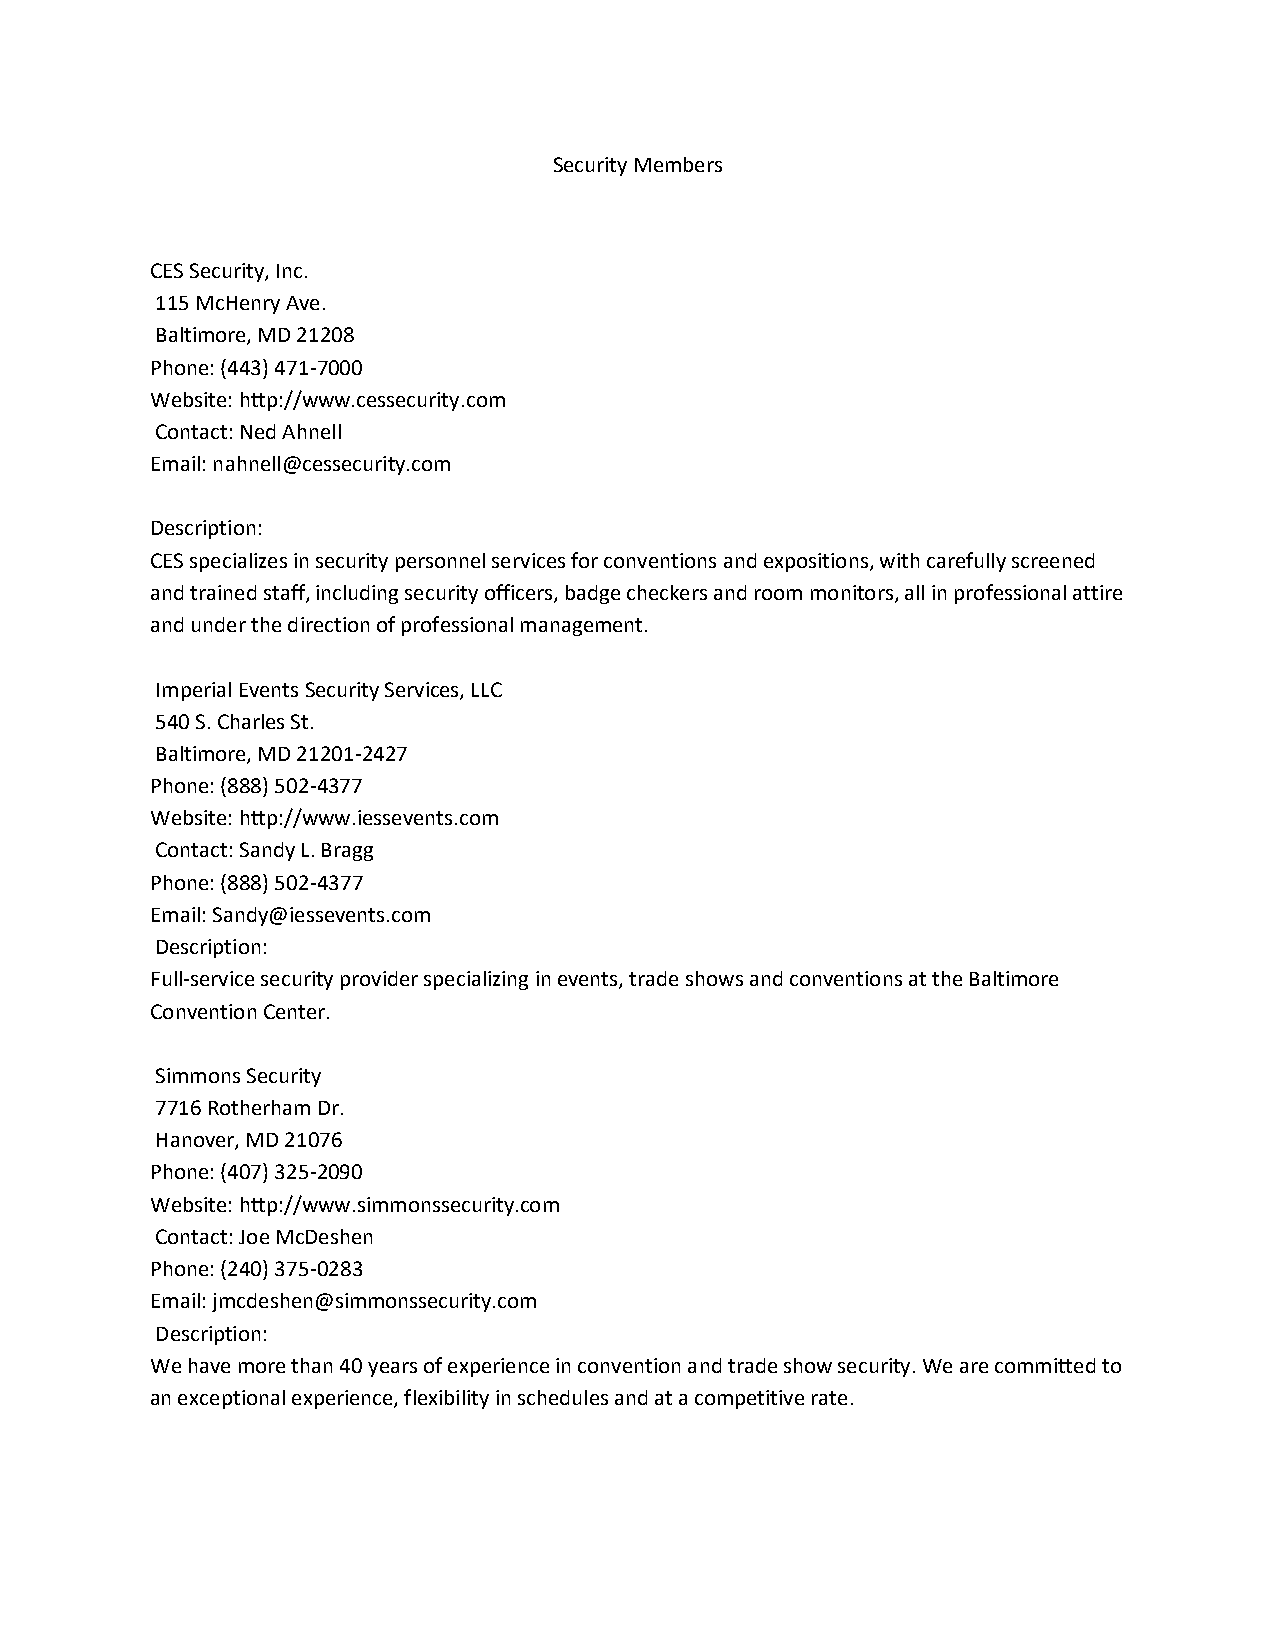
Security Members
 CES Security, Inc.
 115 McHenry Ave.
 Baltimore, MD 21208
 Phone: (443) 471-7000
 Website: http://www.cessecurity.com
 Contact: Ned Ahnell
 Email: nahnell@cessecurity.com
 Description:
 CES specializes in security personnel services for conventions and expositions, with carefully screened
 and trained staff, including security officers, badge checkers and room monitors, all in professional attire
 and under the direction of professional management.
 Imperial Events Security Services, LLC
 540 S. Charles St.
 Baltimore, MD 21201-2427
 Phone: (888) 502-4377
 Website: http://www.iessevents.com
 Contact: Sandy L. Bragg
 Phone: (888) 502-4377
 Email: Sandy@iessevents.com
 Description:
 Full-service security provider specializing in events, trade shows and conventions at the Baltimore
 Convention Center.
 Simmons Security
 7716 Rotherham Dr.
 Hanover, MD 21076
 Phone: (407) 325-2090
 Website: http://www.simmonssecurity.com
 Contact: Joe McDeshen
 Phone: (240) 375-0283
 Email: jmcdeshen@simmonssecurity.com
 Description:
 We have more than 40 years of experience in convention and trade show security. We are committed to
 an exceptional experience, flexibility in schedules and at a competitive rate.